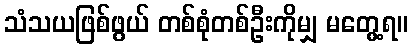
သံသယဖြစ်ဖွယ် တစ်စုံတစ်ဦးကိုမျှ မတွေ့ရ။